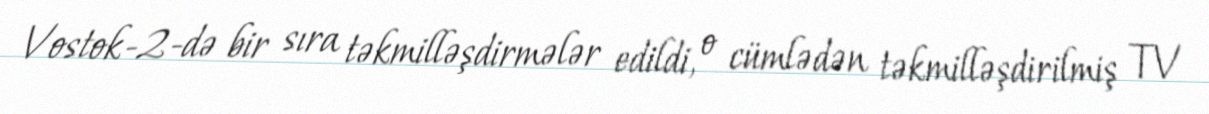
Vostok-2-də bir sıra təkmilləşdirmələr edildi, o cümlədən təkmilləşdirilmiş TV